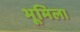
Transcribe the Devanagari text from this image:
भूमिला